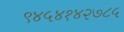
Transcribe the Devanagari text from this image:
९४५४१४२७८५